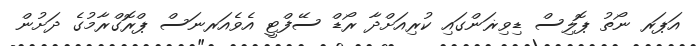
އަޕަރ ނޯތު ޕޮލިސް ޑިވިޜަންގައި ކުރިއަށްދާ ރޯޑް ސޭފްޓީ އެވެއަރނަސް ޕްރޮގްރާމުގެ ދަށުން